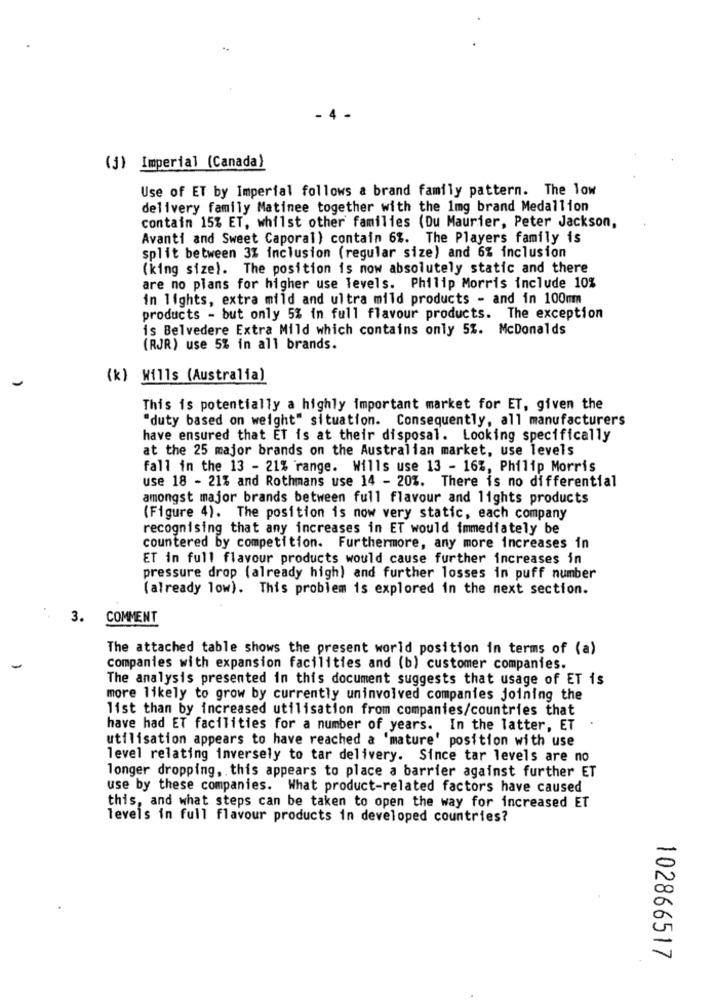
(3) Imperial (Canada)
Use of ET by Imperial follows a brand family pattern. The low
delivery family Matinee together with the 1mg brand Medallion
contain 15% ET, whilst other families (Du Maurier, Peter Jackson,
Avanti and Sweet Caporal) contain 6%. The Players family is
split between 3% inclusion (regular size) and 6% inclusion
(king size). The position is now absolutely static and there
are no plans for higher use levels. Philip Morris include 10%
in lights, extra mild and ultra mild products - and in 100mm
products - but only 5% in full flavour products. The exception
is Belvedere Extra Mild which contains only 5%. McDonalds
(RJR) use 5% in all brands.
(k) Wills (Australia)
This is potentially a highly important market for ET, given the
"duty based on weight" situation. Consequently, all manufacturers
have ensured that ET is at their disposal. Looking specifically
at the 25 major brands on the Australian market, use levels
fall in the 13 - 21% range. Wills use 13 - 16%, Philip Morris
use 18 - 21% and Rothmans use 14 - 20%. There is no differential
amongst major brands between full flavour and lights products
(Figure 4). The position is now very static, each company
recognising that any increases in ET would immediately be
countered by competition. Furthermore, any more increases in
ET in full flavour products would cause further increases in
pressure drop (already high) and further losses in puff number
(already low). This problem is explored in the next section.
3.
COMMENT
The attached table shows the present world position in terms of (a)
companies with expansion facilities and (b) customer companies.
The analysis presented in this document suggests that usage of ET is
more likely to grow by currently uninvolved companies joining the
list than by increased utilisation from companies/countries that
have had ET facilities for a number of years. In the latter, ET
utilisation appears to have reached a 'mature' position with use
level relating inversely to tar delivery. Since tar levels are no
longer dropping, this appears to place a barrier against further ET
use by these companies. What product-related factors have caused
this, and what steps can be taken to open the way for increased ET
levels in full flavour products in developed countries?
102866517